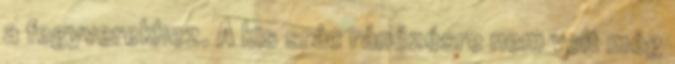
a fegyverekhez. A kis srác ránézésre nem volt még